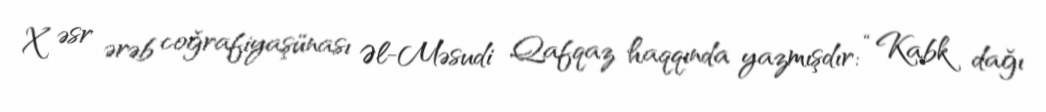
X əsr ərəb coğrafiyaşünası Əl-Məsudi Qafqaz haqqında yazmışdır: “Kabk dağı